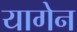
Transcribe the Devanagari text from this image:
यागेन